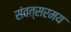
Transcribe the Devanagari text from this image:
संवत्सरमय